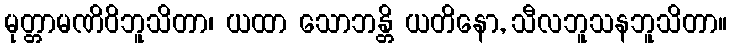
မုတ္တာမဏိဝိဘူသိတာ၊ ယထာ သောဘန္တိ ယတိနော, သီလဘူသနဘူသိတာ။